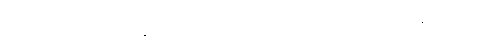
ဤသို့ အချင်းချင်းတိုက်တွန်း၍ တစ်နေရာစီ ကြိုးစားကြလေရာ သူတို့ ရည်ရွယ် ချက်အတိုင်း